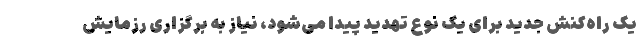
یک راه‌کنش جدید برای یک نوع تهدید پیدا می‌شود، نیاز به برگزاری رزمایش